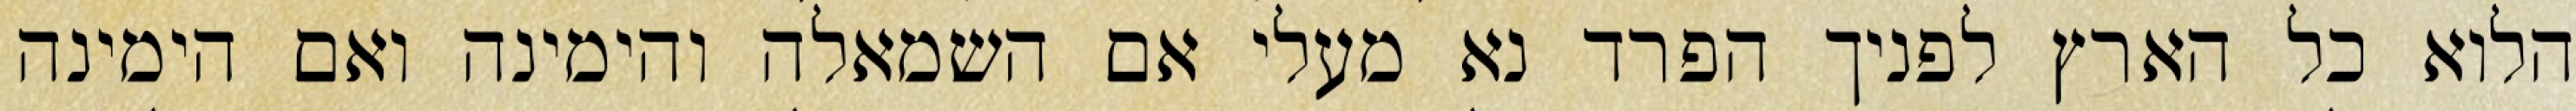
הלוא כל הארץ לפניך הפרד נא מעלי אם השמאלה והימינה ואם הימינה